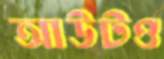
আউটও